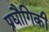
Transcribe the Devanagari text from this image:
प्रद्यौगिकी